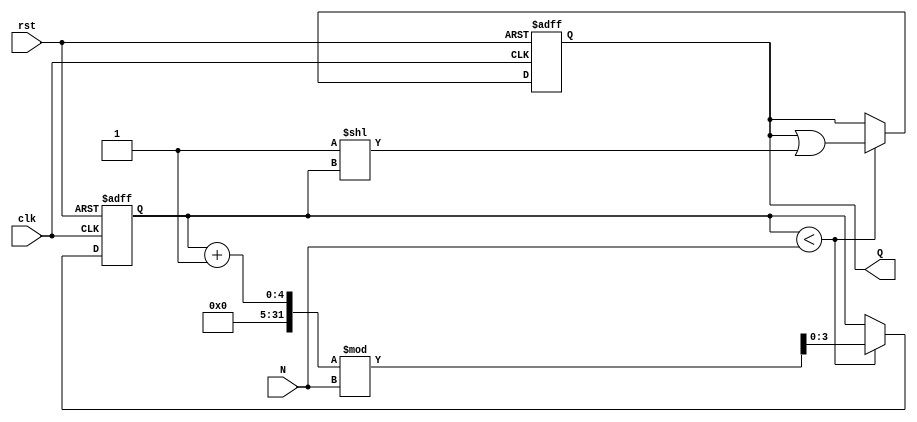
module variable_length_ring_counter (
    input wire clk,         // Clock input
    input wire rst,         // Reset input
    input wire [3:0] N,     // Length input (configurable, max 16)
    output reg [15:0] Q     // Counter outputs (max 16 states)
);

    // Internal state variable
    reg [3:0] current_state; // To keep track of the current state

    always @(posedge clk or posedge rst) begin
        if (rst) begin
            // On reset, initialize the counter
            Q <= 16'b0000000000000001; // Set Q0 to 1, others to 0
            current_state <= 0;        // Start at state 0
        end else begin
            // Shift the '1' to the next position based on the current state
            if (current_state < N) begin
                // Clear current state
                Q <= Q & ~(1 << current_state);
                // Move to the next state
                current_state <= (current_state + 1) % N;
                // Set the next state
                Q <= Q | (1 << current_state);
            end
        end
    end

endmodule